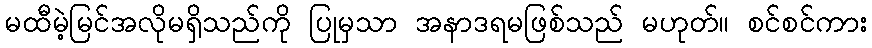
မထီမဲ့မြင်အလိုမရှိသည်ကို ပြုမှသာ အနာဒရမဖြစ်သည် မဟုတ်။ စင်စင်ကား